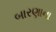
બારણાના